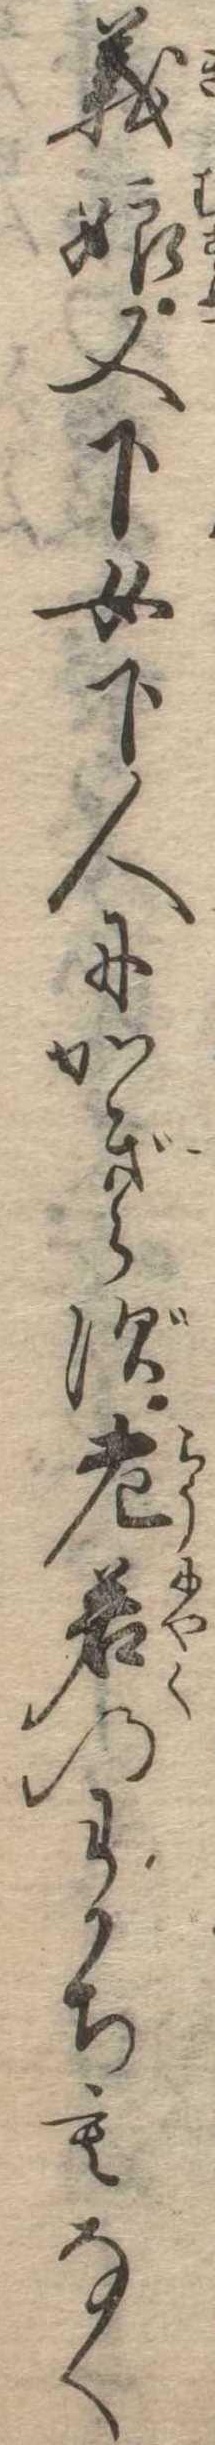
義娘又下女下人にかぎらず老若のわかちもなく